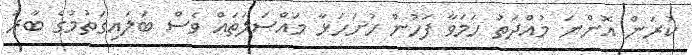
ކުރަން އޮންނަ މުއްދަތު ހަމަވާ ފަހުން ހުށަހަޅާ މައްސަލަތައް ވެސް ބަލައިގަތުމުގެ ބާރު